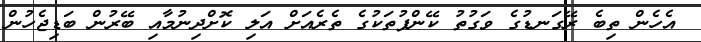
އެހެން ތިބެ ރޭގަނޑުގެ ވަގުތު ކޭންޕުތަކުގެ ތެރެއަށް އަލި ކޮށްދިނުމާއި ބޭރުން ބަޑިޖެހުން